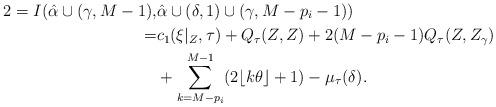
LaTeX: \begin{align*} 2=I(\hat{\alpha}\cup{(\gamma,M-1)},&\hat{\alpha}\cup{(\delta,1)}\cup{(\gamma,M-p_{i}-1)})\\ =&c_{1}(\xi|_{Z},\tau)+Q_{\tau}(Z,Z)+2(M-p_{i}-1)Q_{\tau}(Z,Z_{\gamma})\\ &+\sum_{k=M-p_{i}}^{M-1}(2\lfloor k\theta \rfloor+1)-\mu_{\tau}(\delta).\end{align*}